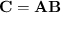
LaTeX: \mathbf { C } = \mathbf { A } \mathbf { B }